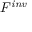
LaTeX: F ^ { \mathit { i n v } }